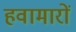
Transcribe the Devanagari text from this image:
हवामारों